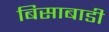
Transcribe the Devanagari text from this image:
बिसाबाडी